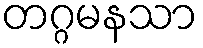
တဂ္ဂမနသာ